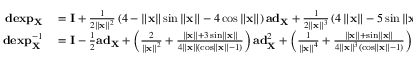
\begin{array} { r l } { \mathbf { d e x p } _ { \mathbf { X } } } & { { } = \mathbf { I } + \frac { 1 } { 2 \left\Vert \mathbf { x } \right\Vert ^ { 2 } } \left( 4 - \left\Vert \mathbf { x } \right\Vert \sin \left\Vert \mathbf { x } \right\Vert - 4 \cos \left\Vert \mathbf { x } \right\Vert \right) \mathbf { a d } _ { \mathbf { X } } + \frac { 1 } { 2 \left\Vert \mathbf { x } \right\Vert ^ { 3 } } \left( 4 \left\Vert \mathbf { x } \right\Vert - 5 \sin \left\Vert \mathbf { x } \right\Vert + \left\Vert \mathbf { x } \right\Vert \cos \left\Vert \mathbf { x } \right\Vert \right) \mathbf { a d } _ { \mathbf { X } } ^ { 2 } } \\ { \mathbf { d e x p } _ { \mathbf { X } } ^ { - 1 } } & { { } = \mathbf { I } - \frac { 1 } { 2 } \mathbf { a d } _ { \mathbf { X } } + \left( \frac { 2 } { \left\Vert \mathbf { x } \right\Vert ^ { 2 } } + \frac { \left\Vert \mathbf { x } \right\Vert + 3 \sin \left\Vert \mathbf { x } \right\Vert } { 4 \left\Vert \mathbf { x } \right\Vert \left( \cos \left\Vert \mathbf { x } \right\Vert - 1 \right) } \right) \mathbf { a d } _ { \mathbf { X } } ^ { 2 } + \left( \frac { 1 } { \left\Vert \mathbf { x } \right\Vert ^ { 4 } } + \frac { \left\Vert \mathbf { x } \right\Vert + \sin \left\Vert \mathbf { x } \right\Vert } { 4 \left\Vert \mathbf { x } \right\Vert ^ { 3 } \left( \cos \left\Vert \mathbf { x } \right\Vert - 1 \right) } \right) \mathbf { a d } _ { \mathbf { X } } ^ { 4 } } \end{array}